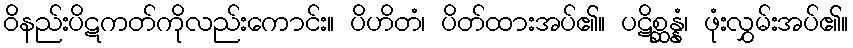
ဝိနည်းပိဋကတ်ကိုလည်းကောင်း။ ပိဟိတံ၊ ပိတ်ထားအပ်၏။ ပဋိစ္ဆန္နံ၊ ဖုံးလွှမ်းအပ်၏။